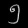
Digit: ၅